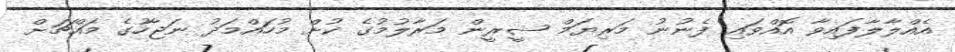
އެއްލާލާފައިވާ އޮއްވައި ފެނުނު މަރިޔަމް ޝީރީން މަރާލުމުގެ ކުށް މުހައްމަދު ނަޖާހުގެ މައްޗަށް